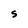
Character: S